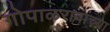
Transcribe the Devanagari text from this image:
गोपाळरावांच्या